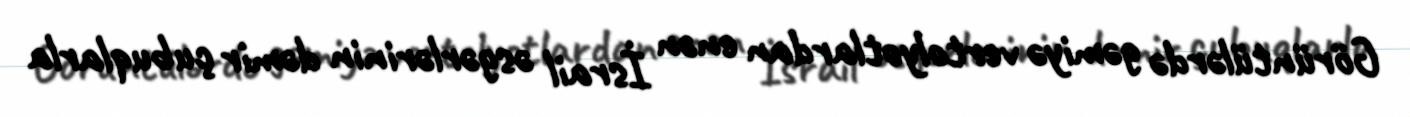
Görüntülərdə gəmiyə vertolyotlardan enən İsrail əsgərlərinin dəmir çubuqlarla